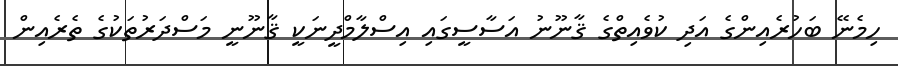
ހިމެނޭ ބަހުރެއިންގެ އަދި ކުވެއިތްގެ ޤާނޫނު އަސާސީގައި އިސްލާމްދީނަކީ ޤާނޫނީ މަސްދަރުތަކުގެ ތެރެއިން